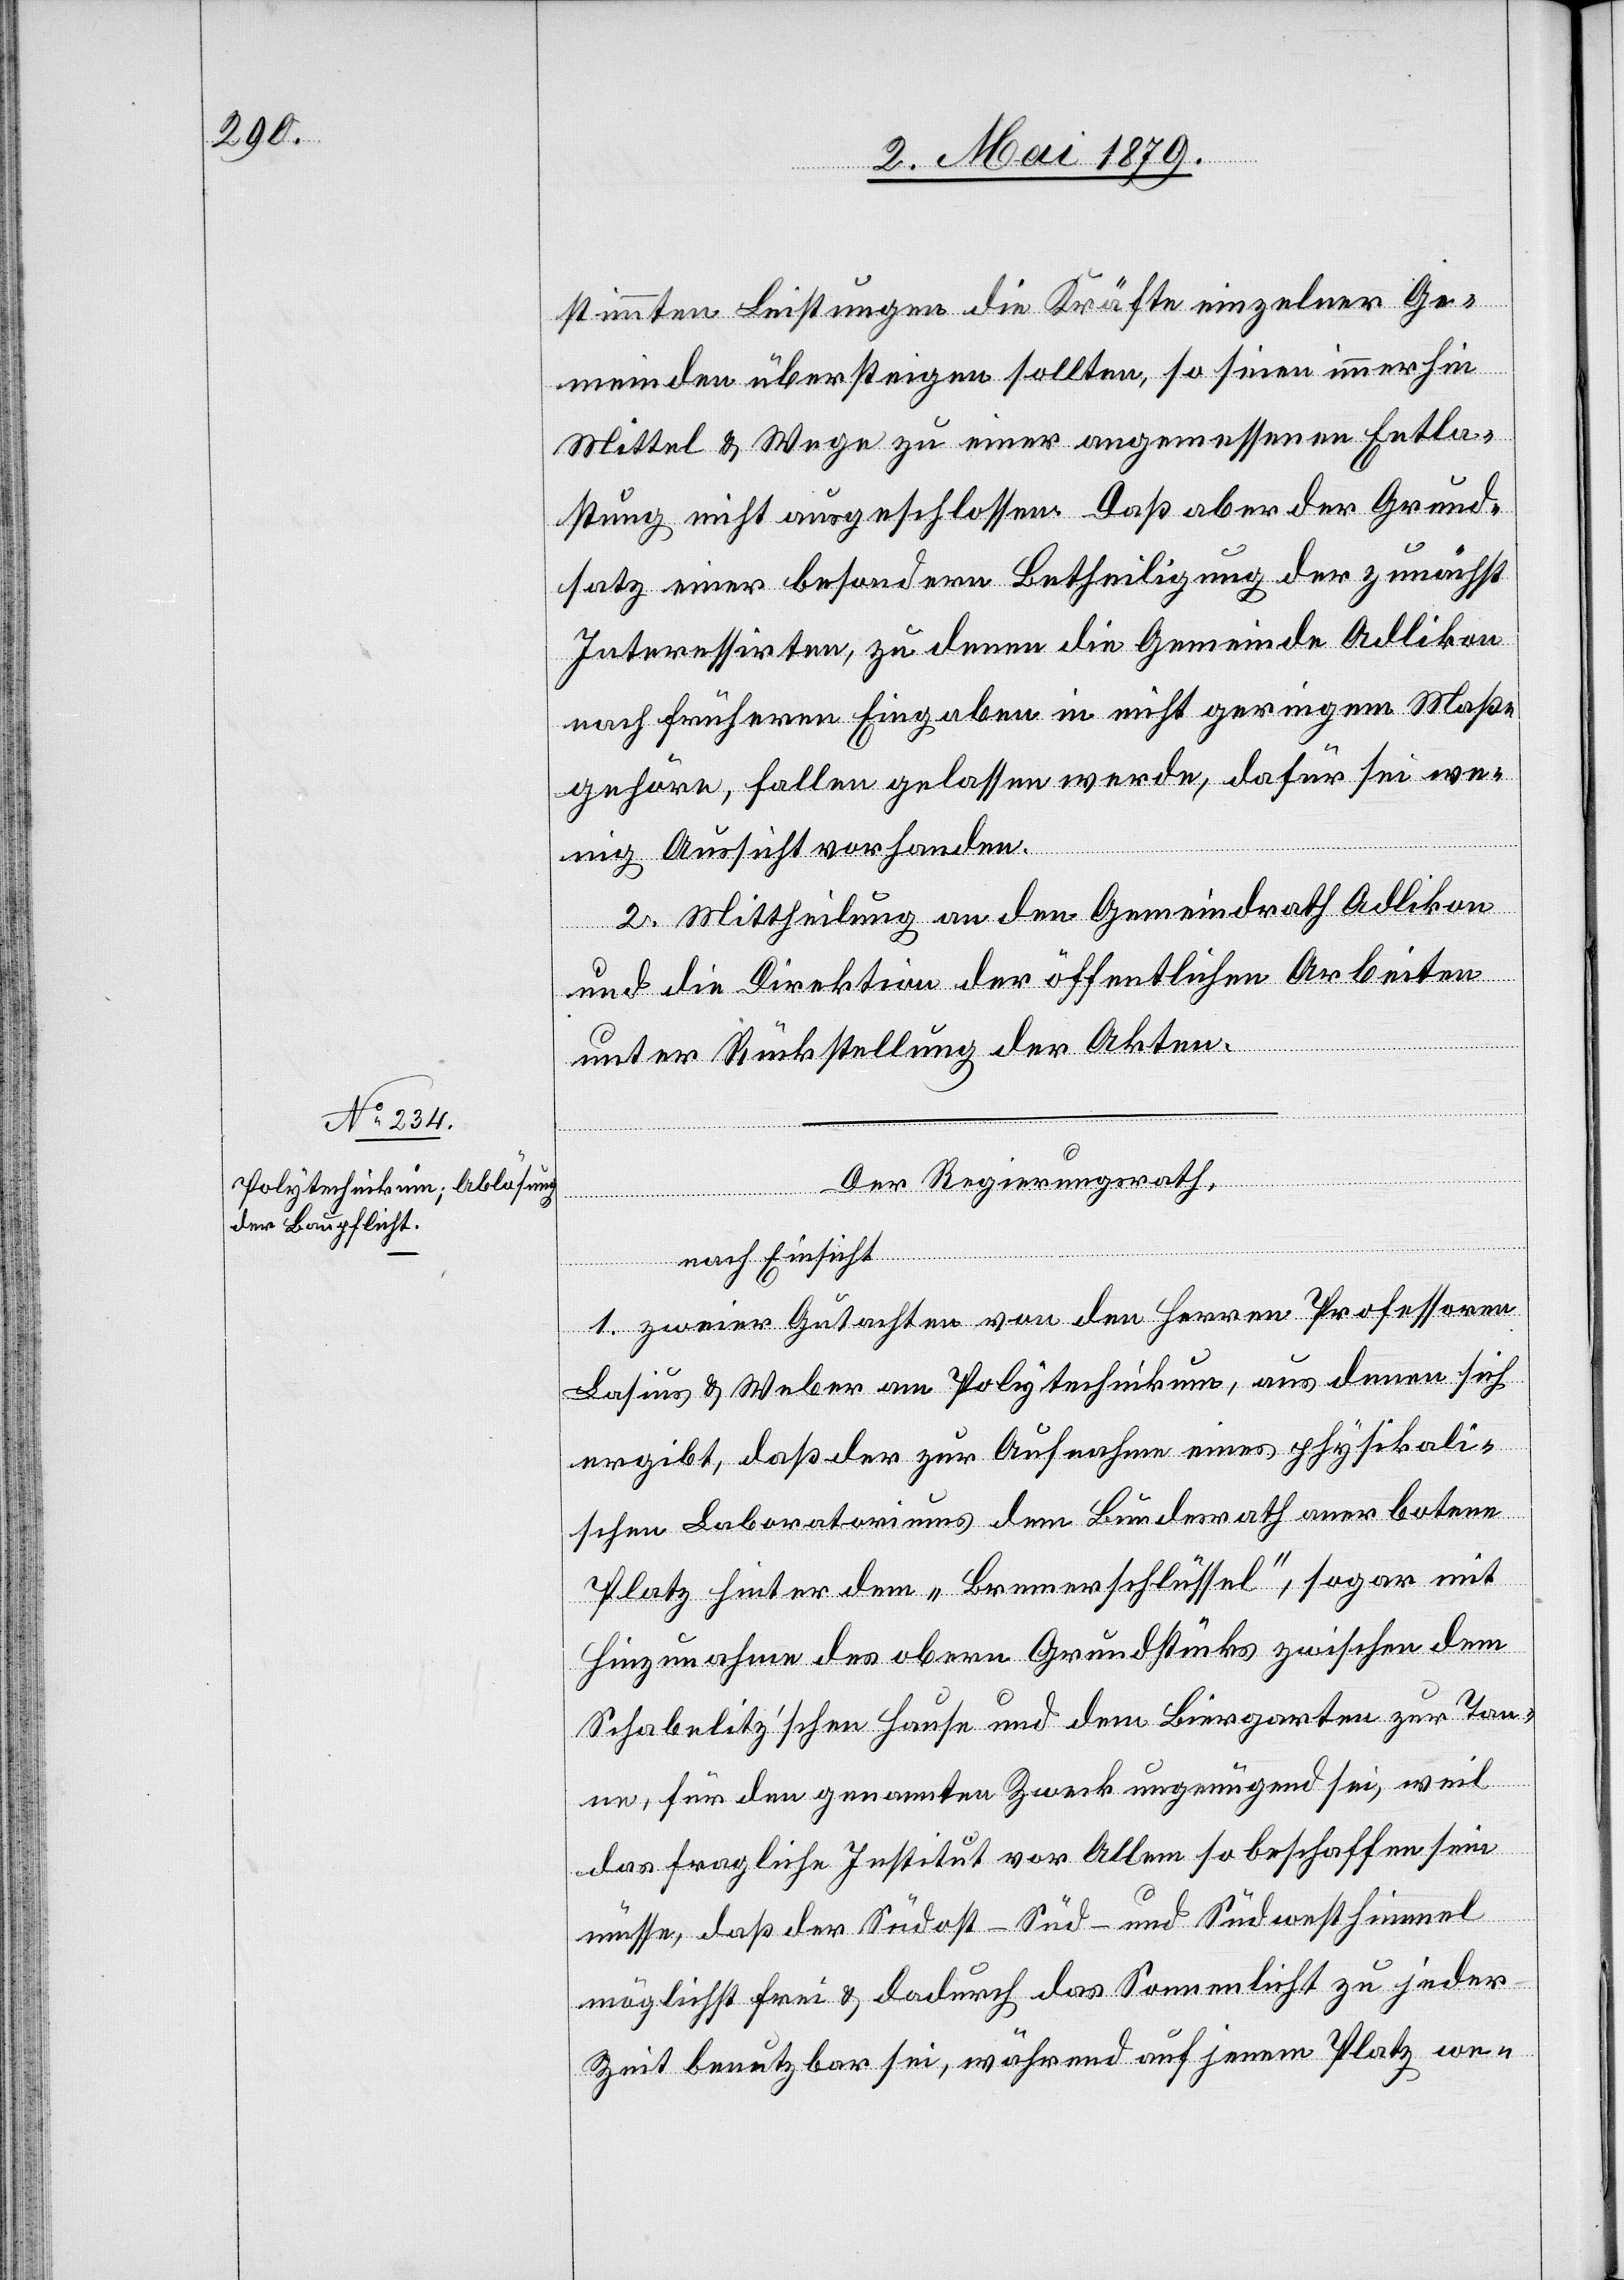
stimmten Leistungen die Kräfte einzelner Ge¬
meinden übersteigen sollten, so seien immerhin
Mittel & Wege zu einer angemessenen Entla¬
stung nicht ausgeschlossen. Daß aber der Grund¬
satz einer besondern Betheiligung der zunächst
Interessirten, zu denen die Gemeinde Adlikon
nach früheren Eingaben in nicht geringem Maße
gehöre, fallen gelassen werde, dafür sei we¬
nig Aussicht vorhanden.
2. Mittheilung an den Gemeindrath Adlikon
und die Direktion der öffentlichen Arbeiten
unter Rückstellung der Akten.
Der Regierungsrath,
nach Einsicht
1. zweier Gutachten von den Herren Professoren
Lasius & Weber am Polytechnikum, aus denen sich
ergibt, daß der zur Aufnahme eines physikali¬
schen Laboratoriums dem Bundesrath anerbotene
Platz hinter dem „Bremerschlüssel“, sogar mit
Hinzunahme des obern Grundstücks zwischen dem
Schabelitz’schen Hause und dem Biergarten zur Tan¬
ne, für den genannten Zweck ungenügend sei, weil
das fragliche Institut vor Allem so beschaffen sein
müsse, daß der Südost- Süd- und Südwesthimmel
möglichst frei & dadurch das Sonnenlicht zu jeder
Zeit benutzbar sei, während auf jenem Platz we-